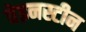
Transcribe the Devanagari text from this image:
वेइनस्टीन